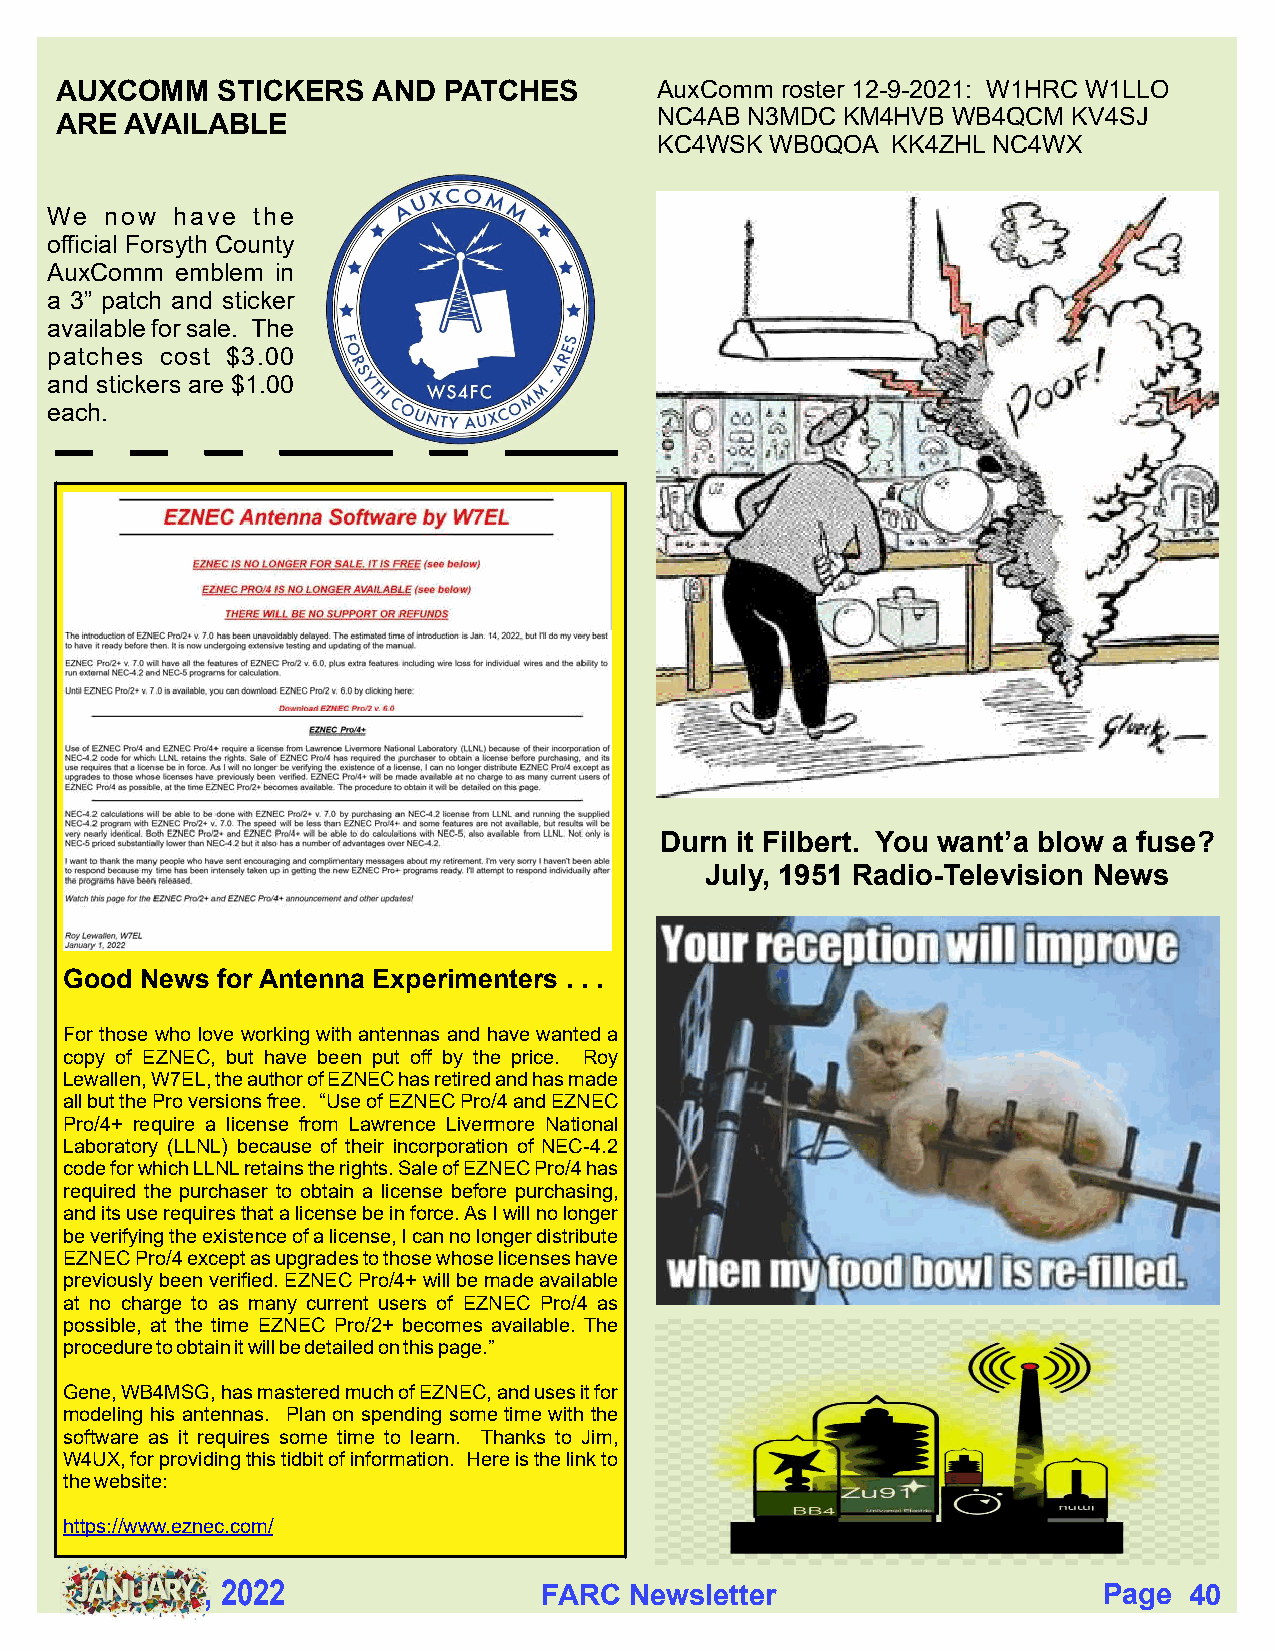
AUXCOMM   STICKERS   AND PATCHES       AuxComm  roster 12-9-2021: W1HRC W1LLO
 ARE AVAILABLE                          NC4AB N3MDC  KM4HVB WB4QCM  KV4SJ
 KC4WSK  WB0QOA  KK4ZHL NC4WX
 We  now have  the
 official Forsyth County
 AuxComm  emblem in
 a 3” patch and sticker
 available for sale. The
 patches cost $3.00
 and stickers are $1.00
 each.
 Durn it Filbert. You want’a blow a fuse?
 July, 1951 Radio-Television News
 Good News for Antenna Experimenters . . .
 For those who love working with antennas and have wanted a
 copy of EZNEC, but have been put off by the price. Roy
 Lewallen, W7EL, the author of EZNEC has retired and has made
 all but the Pro versions free. “Use of EZNEC Pro/4 and EZNEC
 Pro/4+ require a license from Lawrence Livermore National
 Laboratory (LLNL) because of their incorporation of NEC-4.2
 code for which LLNL retains the rights. Sale of EZNEC Pro/4 has
 required the purchaser to obtain a license before purchasing,
 and its use requires that a license be in force. As I will no longer
 be verifying the existence of a license, I can no longer distribute
 EZNEC Pro/4 except as upgrades to those whose licenses have
 previously been verified. EZNEC Pro/4+ will be made available
 at no charge to as many current users of EZNEC Pro/4 as
 possible, at the time EZNEC Pro/2+ becomes available. The
 procedure to obtain it will be detailed on this page.”
 Gene, WB4MSG, has mastered much of EZNEC, and uses it for
 modeling his antennas. Plan on spending some time with the
 software as it requires some time to learn. Thanks to Jim,
 W4UX, for providing this tidbit of information. Here is the link to
 the website:
 https://www.eznec.com/
 , 2022                FARC  Newsletter                     Page  40